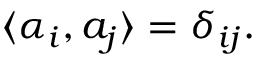
\langle \alpha _ { i } , a _ { j } \rangle = \delta _ { i j } .